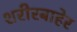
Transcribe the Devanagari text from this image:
शरीरबाहेर